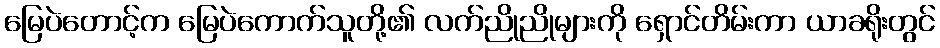
မြေပဲတောင့်က မြေပဲကောက်သူတို့၏ လက်ညိုညိုများကို ရှောင်တိမ်းကာ ယာခရိုးတွင်